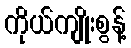
ကိုယ်ကျိုးစွန့်